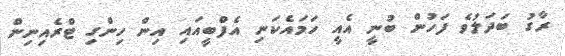
ރާގު ބަދަލުވެ ފަހުން ބުނީ އެއީ ހަމައެކަނި އެފްބީއައި އިން ހިންގި ޓްރެއިނިން